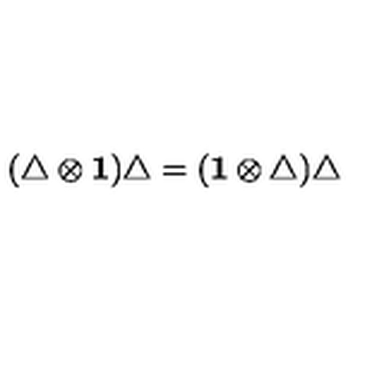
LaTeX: ( \triangle \otimes { \bf 1 } ) \triangle = ( { \bf 1 } \otimes \triangle ) \triangle